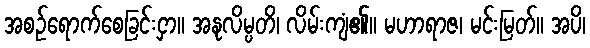
အစဉ်ရောက်စေခြင်းငှာ။ အနုလိမ္ပတိ၊ လိမ်းကျံ၏။ မဟာရာဇ၊ မင်းမြတ်။ အပိ၊